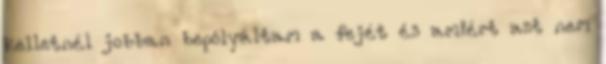
kelletnél jobban bepólyáltam a fejét és amiért azt nem